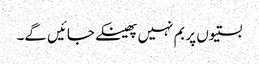
بستیوں پر بم نہیں پھینکے جائیں گے۔